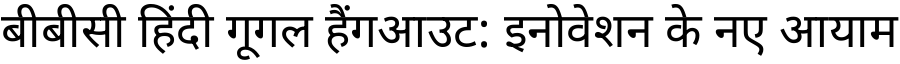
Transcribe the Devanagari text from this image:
बीबीसी हिंदी गूगल हैंगआउट: इनोवेशन के नए आयाम